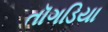
તૉગડિયા